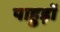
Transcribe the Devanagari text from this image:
पाहुड़ों